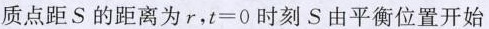
质点距S的距离为r，$$t=0$$时刻S由平衡位置开始